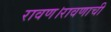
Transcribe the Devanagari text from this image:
रावण।रावणाची